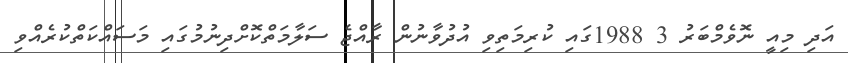
އަދި މިއީ ނޮވެމްބަރު 3 1988ގައި ކުރިމަތިވި އުދުވާނުން ރާއްޖެ ސަލާމަތްކޮށްދިނުމުގައި މަސައްކަތްކުރެއްވި